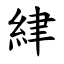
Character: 䋖